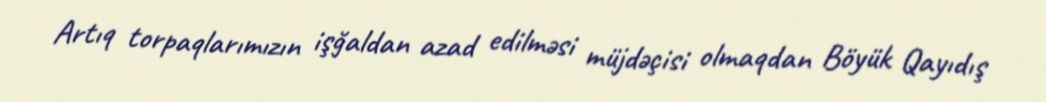
Artıq torpaqlarımızın işğaldan azad edilməsi müjdəçisi olmaqdan Böyük Qayıdış